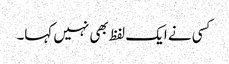
کسی نے ایک لفظ بھی نہیں کہا۔